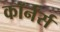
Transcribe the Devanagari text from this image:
कॉर्नर्स